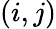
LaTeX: \left(i,j\right)